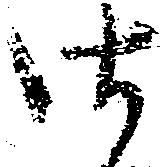
御